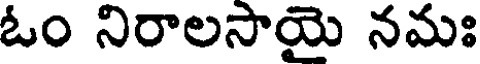
ఓం నిరాలసాయై నమః